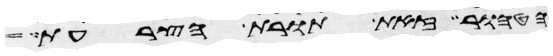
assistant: הטהור זאת תורת הצרעת